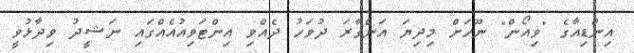
އިންޑިއާގެ "ވިއޯން" ނޫހަށް މިދިޔަ އަންގާރަ ދުވަހު ދެއްވި އިންޓަވިއުއެއްގައި ނަޝީދު ވިދާޅުވީ